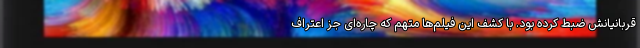
قربانیانش ضبط کرده بود. با کشف این فیلم‌ها متهم که چاره‌ای جز اعتراف